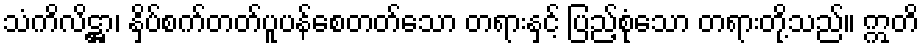
သံကိလိဋ္ဌာ၊ နှိပ်စက်တတ်ပူပန်စေတတ်သော တရားနှင့် ပြည့်စုံသော တရားတို့သည်။ ဣတိ